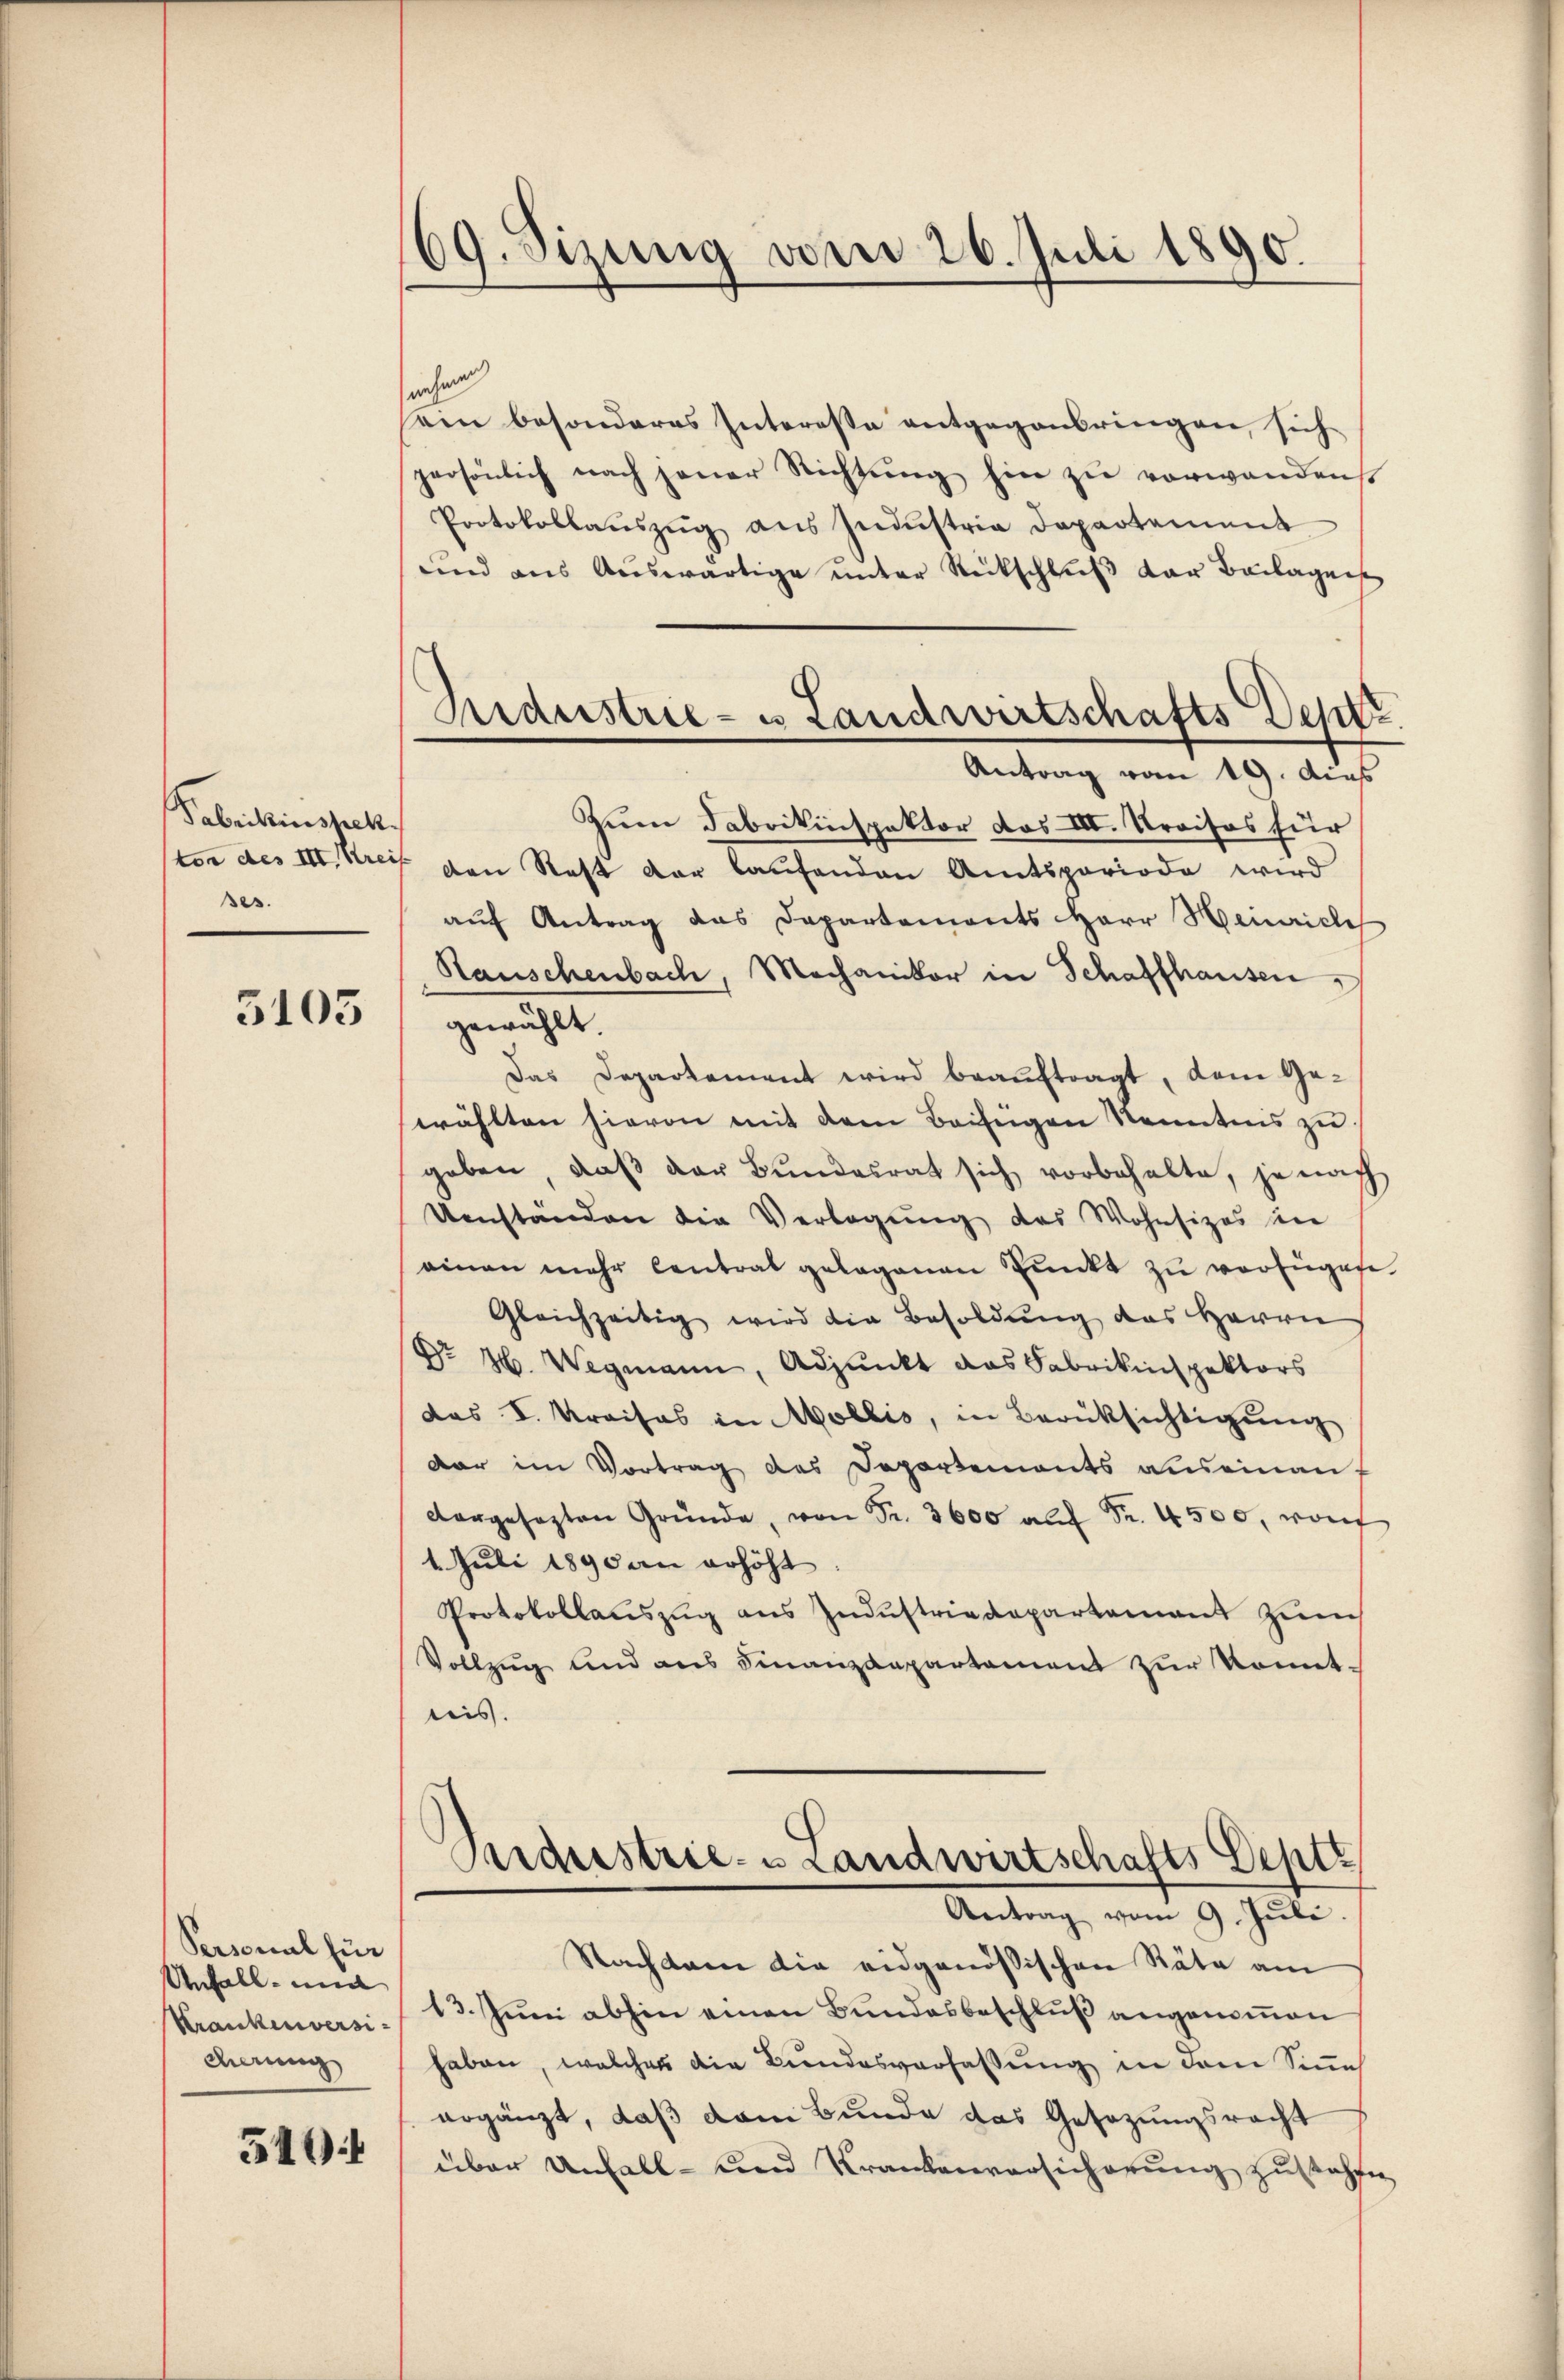
Fabrikinspekt
ses.

5105

Personal für
Unfall und
dierung

340

69. Sizung vom 26. Juli 1890.

Hidustrie- u Landwirtschafts Dept
Antrag vom 19. dies

iehen
sein besonderes Intereße entgegenbringen, sich
persönlich nach jener Richtŭng hin zŭ verwandens
Protokollaŭszŭg aŭs Indŭstria Departement
und aus Aŭswärtige ŭnter Rückschlŭβ der Beilagens
Zum Fabrikinspektor des III. Kraisos für
stor des III. Kreis von Rest der laufenden Amtsperiode wird
auf Antrag das Departements Herr Heinrich
Rauschenbach, Mechaniker in Schaffhausen
gewählt.
Das Departement wird beauftragt, dem Ge-
wählten hievon mit dem Beifügen Kenntnis zu
geben, daß der Bundesrat sich vorbehalte, je nach
Umständen die Verlegung des Wohnsizes in
ainen mehr Centrat gelegenen Punkt zu verfügen
Gleichzeitig wird die Besoldŭng des Herrn
Dr H. Wegmann, Adjunkt das Fabrikinspektors
das I. Kreises in Mollis, in Berüksichtigung
dar im Vortrag des Departements auseinauf
dargesezten Gründe, von Fr. 3600 aŭf Fr. 4500, von
1. Juli 1890 an erhöht
Protokollaŭszŭg ans Indŭstriedepartement zum
Vollzug und ans Finanzdepartement zur konntreis.
Maustrie- & Landwirtschafts Dep
Antrag vom 9. Juli
Nachdem die eidgenössischen Räte am
Krankenversi. 13. Jŭni abhin einen Bŭndesbeschlŭβ angenoṁen
haben, welches die Bundesverfassung in dem Sine
ergänzt, daß dem Bunde das Gesetzungsrecht
über Unfall- und Krankenversicherung zustehen